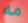
مه